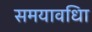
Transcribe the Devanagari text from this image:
समयावधिा